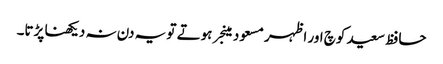
حافظ سعید کوچ اور اظہر مسعود مینجر ہوتے تو یہ دن نہ دیکھنا پڑتا۔